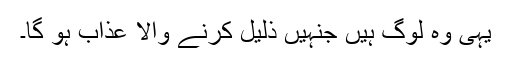
یہی وہ لوگ ہیں جنہیں ذلیل کرنے والا عذاب ہو گا۔